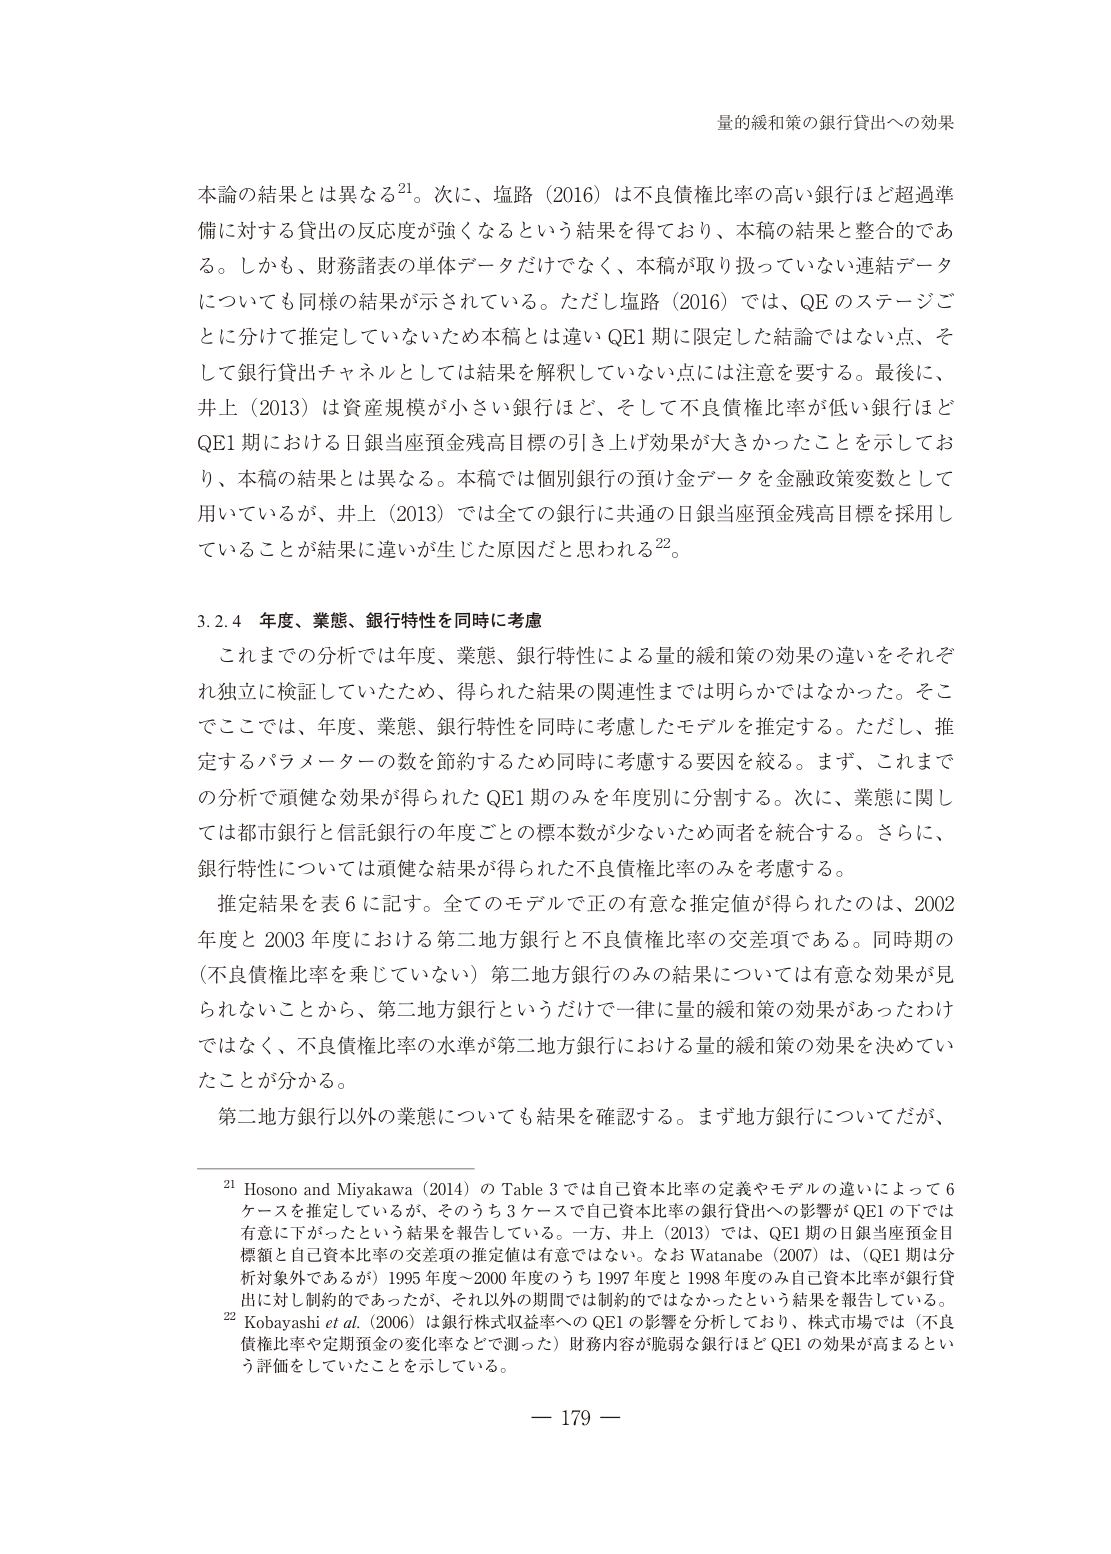
量的緩和策の銀行貸出への効果

本論の結果とは異なる21。次に、塩路（2016）は不良債権比率の高い銀行ほど超過準備に対する貸出の反応度が強くなるという結果を得ており、本稿の結果と整合的である。しかも、財務諸表の単体データだけでなく、本稿が取り扱っていない連結データについても同様の結果が示されている。ただし塩路（2016）では、QE のステージごとに分けて推定していないため本稿とは違い QE1 期に限定した結論ではない点、そして銀行貸出チャネルとしては結果を解釈していない点には注意を要する。最後に、井上（2013）は資産規模が小さい銀行ほど、そして不良債権比率が低い銀行ほど QE1 期における日銀当座預金残高目標の引き上げ効果が大きかったことを示しており、本稿の結果とは異なる。本稿では個別銀行の預け金データを金融政策変数として用いているが、井上（2013）では全ての銀行に共通の日銀当座預金残高目標を採用していることが結果に違いが生じた原因だと思われる22。

3.2.4 年度、業態、銀行特性を同時に考慮

これまでの分析では年度、業態、銀行特性による量的緩和策の効果の違いをそれぞれ独立に検証していたため、得られた結果の関連性までは明らかではなかった。そこでここでは、年度、業態、銀行特性を同時に考慮したモデルを推定する。ただし、推定するパラメーターの数を節約するため同時に考慮する要因を絞る。まず、これまでの分析で頑健な効果が得られた QE1 期のみを年度別に分割する。次に、業態に関しては都市銀行と信託銀行の年度ごとの標本数が少ないため両者を統合する。さらに、銀行特性については頑健な結果が得られた不良債権比率のみを考慮する。

推定結果を表 6 に記す。全てのモデルで正の有意な推定値が得られたのは、2002 年度と 2003 年度における第二地方銀行と不良債権比率の交差項である。同時期の（不良債権比率を乗じていない）第二地方銀行のみの結果については有意な効果が見られないことから、第二地方銀行というだけで一律に量的緩和策の効果があったわけではなく、不良債権比率の水準が第二地方銀行における量的緩和策の効果を決めていることが分かる。

第二地方銀行以外の業態についても結果を確認する。まず地方銀行についてだが、

21 Hosono and Miyakawa (2014) の Table 3 では自己資本比率の定義やモデルの違いによって 6 ケースを推定しているが、そのうち 3 ケースで自己資本比率の銀行貸出への影響が QE1 の下では有意に下がったという結果を報告している。一方、井上（2013）では、QE1 期の日銀当座預金目標額と自己資本比率の交差項の推定値は有意ではない。なお Watanabe (2007) は、（QE1 期は分析対象外であるが）1995 年度～2000 年度のうち 1997 年度と 1998 年度のみ自己資本比率が銀行貸出に対し制約的であったが、それ以外の期間では制約的ではなかったという結果を報告している。

22 Kobayashi et al. (2006) は銀行株式収益率への QE1 の影響を分析しており、株式市場では（不良債権比率や定期預金の変化率などで測った）財務内容が脆弱な銀行ほど QE1 の効果が高まるという評価をしていたことを示している。

— 179 —